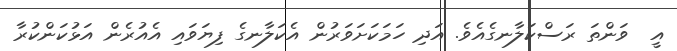
އީ  ވަންތަ ރަސްކަލާނގެއެވެ. އަދި ހަމަކަށަވަރުން އެކަލާނގެ ފިޔަވައި އެއުރެން އަޅުކަންކުރާ